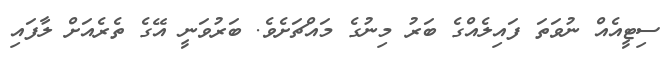
ސިޓީއެއް ނުވަތަ ފައިލެއްގެ ބަރު މިނުގެ މައްޗަށެވެ. ބަރުވަނީ އޭގެ ތެރެއަށް ލާފައި